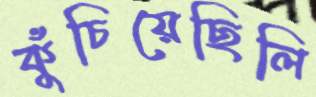
কুঁচিয়েছিলি